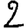
Digit: 2